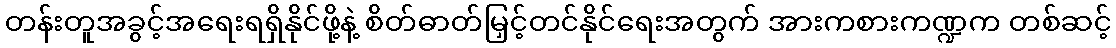
တန်းတူအခွင့်အရေးရရှိနိုင်ဖို့နဲ့ စိတ်ဓာတ်မြှင့်တင်နိုင်ရေးအတွက် အားကစားကဏ္ဍက တစ်ဆင့်